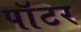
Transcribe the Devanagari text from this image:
पाॅटर